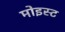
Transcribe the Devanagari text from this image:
मोइस्ट